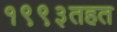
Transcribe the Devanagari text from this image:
१९९३तहत